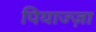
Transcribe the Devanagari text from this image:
पियाज्ज़ा